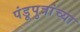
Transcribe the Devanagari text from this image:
पंडूपुत्रांच्या